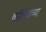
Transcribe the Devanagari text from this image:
काॅलॆजच्या